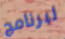
لبرنامج